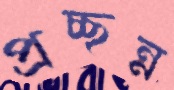
প্রচ্ছন্ন